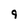
Character: 9